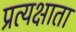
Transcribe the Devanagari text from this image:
प्रत्यक्षाता